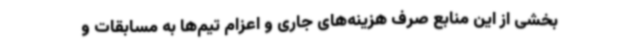
بخشی از این منابع صرف هزینه‌های جاری و اعزام تیم‌ها به مسابقات و